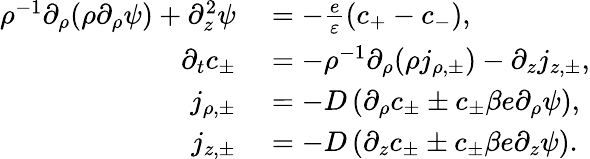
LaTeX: \begin{array}{rl}{\rho^{-1}\partial_{\rho}(\rho\partial_{\rho}\psi)+\partial_{z}^{2}\psi}&{{}=-\frac{e}{\varepsilon}(c_{+}-c_{-}),}\\ {\partial_{t}c_{\pm}}&{{}=-\rho^{-1}\partial_{\rho}(\rho j_{\rho,\pm})-\partial_{z}j_{z,\pm},}\\ {j_{\rho,\pm}}&{{}=-D\left(\partial_{\rho}c_{\pm}\pm c_{\pm}\beta e\partial_{\rho}\psi\right),}\\ {j_{z,\pm}}&{{}=-D\left(\partial_{z}c_{\pm}\pm c_{\pm}\beta e\partial_{z}\psi\right).}\end{array}